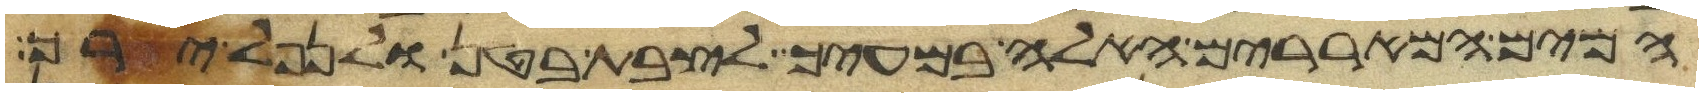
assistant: המים המאררים האלה במעיך לצבת בטן ולנפל ירך